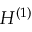
H ^ { ( 1 ) }